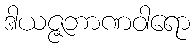
ဒါယဇ္ဇဘာဏဝါရော